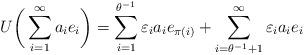
LaTeX: \begin{align*} U \bigg( \sum_{i=1}^{\infty} a_i e_i \bigg) = \sum_{i=1}^{ \theta^{-1} } \varepsilon_i a_i e_{\pi(i)} + \sum_{i= \theta^{-1} + 1}^{\infty} \varepsilon_i a_i e_i \end{align*}